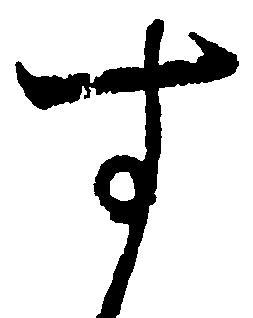
す